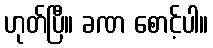
ဟုတ်ပြီ။ ခဏ စောင့်ပါ။